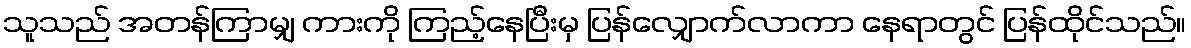
သူသည် အတန်ကြာမျှ ကားကို ကြည့်နေပြီးမှ ပြန်လျှောက်လာကာ နေရာတွင် ပြန်ထိုင်သည်။